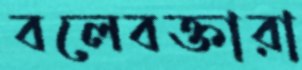
বলেবক্তারা